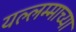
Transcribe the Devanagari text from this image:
यल्लम्माच्या